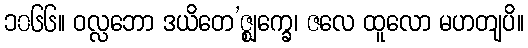
၁၀၆၆။ ဝလ္လဘော ဒယိတေ’ဇ္ဈက္ခေ၊ ဇလေ ထူလော မဟတျပိ။